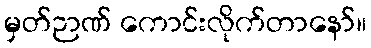
မှတ်ဉာဏ် ကောင်းလိုက်တာနော်။